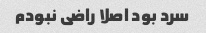
سرد بود اصلا راضی نبودم